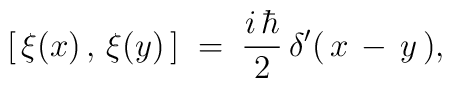
\left[\,\xi(x)\,,\,\xi(y)\,\right] \;=\; \frac{i\,\hbar}{2}\,\delta'(\,x\,-\,y\,),